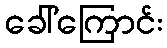
ခေါ်ကြောင်း